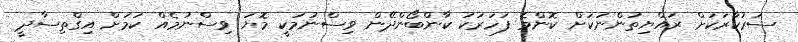
ސަރުކާރަކަށް ރައްޔިތުންނަކަށް ކޮންމެ ފަހަރަކު ކާންބޯންދޭން ވިސްނުމަކީ މޮޔަ ވިސްނުމެއް ކަމަށް އިގްތިސާދީ